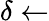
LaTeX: \delta\gets